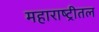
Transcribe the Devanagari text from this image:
महाराष्ट्रीतल